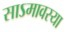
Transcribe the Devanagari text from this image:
साऽमावस्या